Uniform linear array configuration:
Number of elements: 16
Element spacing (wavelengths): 0.75
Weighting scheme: hann
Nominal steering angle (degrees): -60
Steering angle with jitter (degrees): -58.797
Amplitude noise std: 0.05
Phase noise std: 0.05

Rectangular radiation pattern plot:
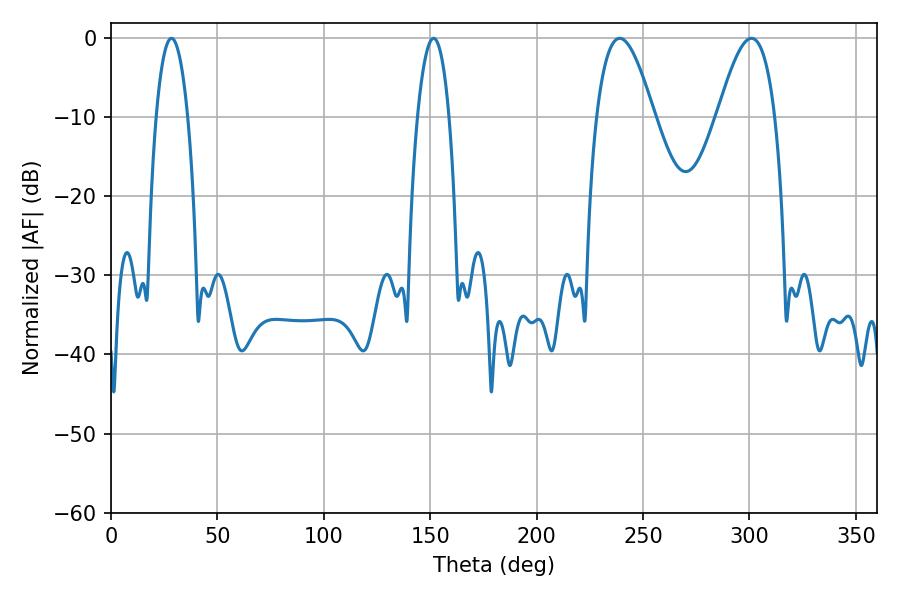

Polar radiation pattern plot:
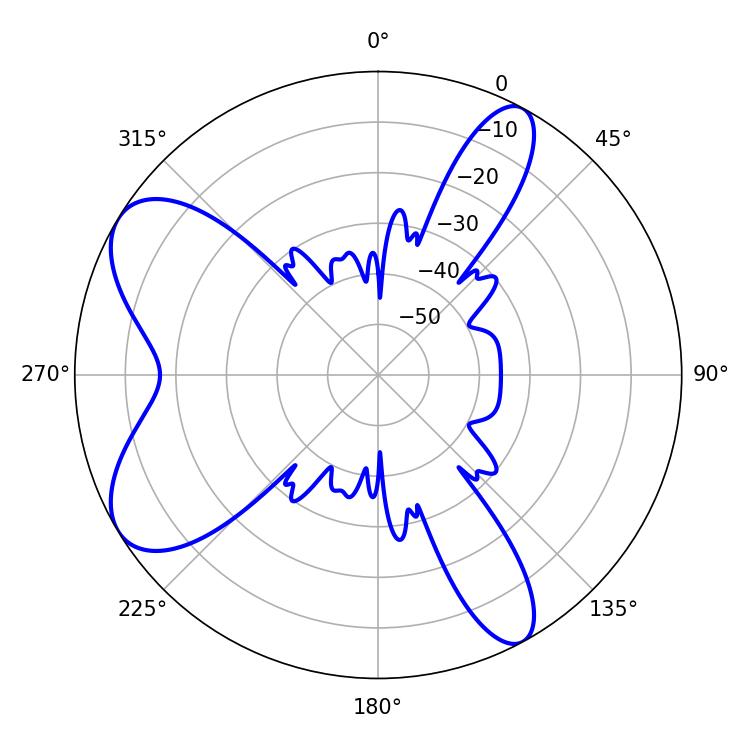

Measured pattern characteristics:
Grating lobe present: TRUE
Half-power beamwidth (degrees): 14.58
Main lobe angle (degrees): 239.04